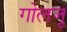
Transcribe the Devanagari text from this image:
गोलजू